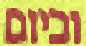
וביום